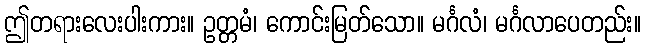
ဤတရားလေးပါးကား။ ဥတ္တမံ၊ ကောင်းမြတ်သော။ မင်္ဂလံ၊ မင်္ဂလာပေတည်း။